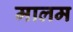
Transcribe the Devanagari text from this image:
मालम